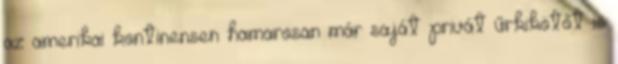
az amerikai kontinensen hamarosan már saját privát űrkikötőt is